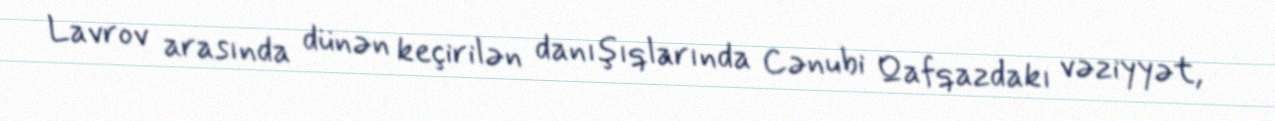
Lavrov arasında dünən keçirilən danışıqlarında Cənubi Qafqazdakı vəziyyət,